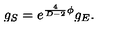
g _ { S } = e ^ { { \frac { 4 } { D - 2 } } \phi } g _ { E } .